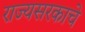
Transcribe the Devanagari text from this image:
राज्यसरकाचे